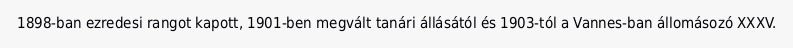
1898-ban ezredesi rangot kapott, 1901-ben megvált tanári állásától és 1903-tól a Vannes-ban állomásozó XXXV.